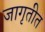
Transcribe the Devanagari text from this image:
जागृतीत